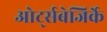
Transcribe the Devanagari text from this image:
ओर्ट्सबेजिर्के